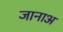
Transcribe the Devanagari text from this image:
जानाअ